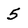
Character: 5